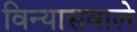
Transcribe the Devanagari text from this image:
विन्यासवाले